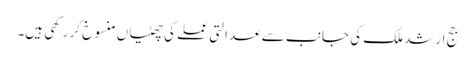
جج ارشد ملک کی جانب سے عدالتی عملے کی چھٹیاں منسوخ کر رکھی ہیں۔